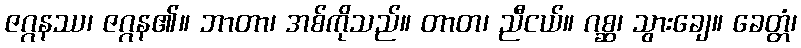
ဇဂ္ဂနဿ၊ ဇဂ္ဂန၏။ ဘာတာ၊ အစ်ကိုသည်။ တာတ၊ ညီငယ်။ ဂစ္ဆ၊ သွားချေ။ ခေတ္တံ၊